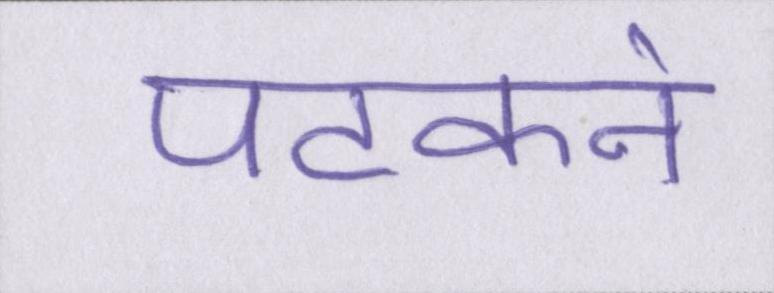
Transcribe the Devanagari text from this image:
पटकने